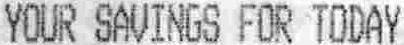
YOUR SAVINGS FOR TODAY